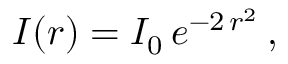
I ( r ) = I _ { 0 } \, e ^ { - 2 \, r ^ { 2 } } \, ,